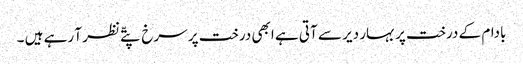
بادام کے درخت پر بہار دیر سے آتی ہے ابھی درخت پر سرخ پتّے نظر آ رہے ہیں ۔